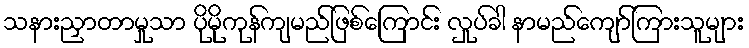
သနားညှာတာမှုသာ ပိုမိုကုန်ကျမည်ဖြစ်ကြောင်း လှုပ်ခါ နာမည်ကျော်ကြားသူများ